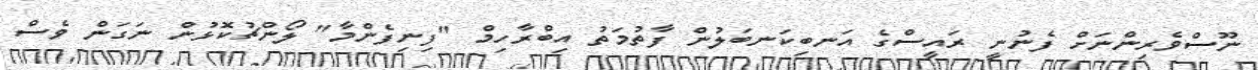
ނޫސްވެރިންނަށް ފެނުނީ ރައީސްގެ އަނބިކަނބަލުން ފާތުމަތު އިބްރާހިމް "ފިނިފެންމާ" ލޯންޗުކޮޅުން ނަގަން ވެސް